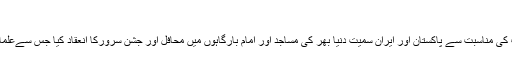
06 ستمبر 2017 - 18:23
خبر رساں ادارہ تسنیم: آج حضرت امام علی النقی علیہ السلام کے یوم ولادت کی مناسبت سے پاکستان اور ایران سمیت دنیا بھر کی مساجد اور امام بارگاہوں میں محافل اور جشن سرورکا انعقاد کیا جس سےعلماء و ذاکرین خطاب کرتے ہوئےامام علیہ السلام کی حیات طیبہ روشنی ڈالی۔